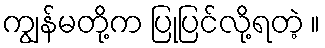
ကျွန်မတို့က ပြုပြင်လို့ရတဲ့ ။